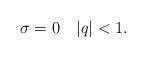
LaTeX: \begin{align*} \sigma=0\quad|q|<1.\end{align*}